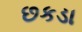
છકડા